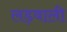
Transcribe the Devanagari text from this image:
लड़वाली